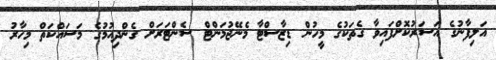
އަލިފާނުގެ އަސަރުކޮށްފައިވާ ގެތަކުގެ މީހުން ޑިޒާސްޓާ މެނޭޖުމަންޓް ސެންޓަރަށް ގެންދިއުމުގެ މަސައްކަތް މިހާރު